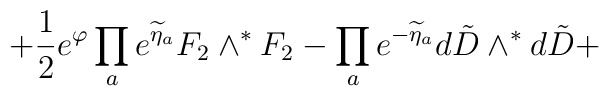
\left. +\frac{1}{2}e^{\varphi} \prod_a e^{\widetilde\eta_a}{F}_2\wedge^*{F}_2 -\prod_{a}e^{-\widetilde\eta_a}d{\tilde D}\wedge^* d{\tilde D}+ \right.